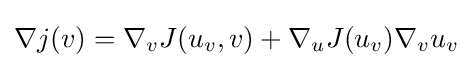
\nabla j(v)=\nabla _{v}J(u_{v},v)+\nabla _{u}J(u_{v})\nabla _{v}u_{v}